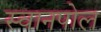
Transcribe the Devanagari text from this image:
स्वानपोल